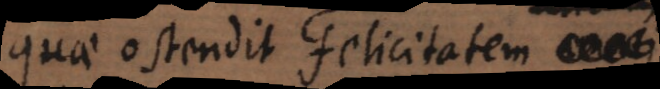
quae ostendit felicitatem,